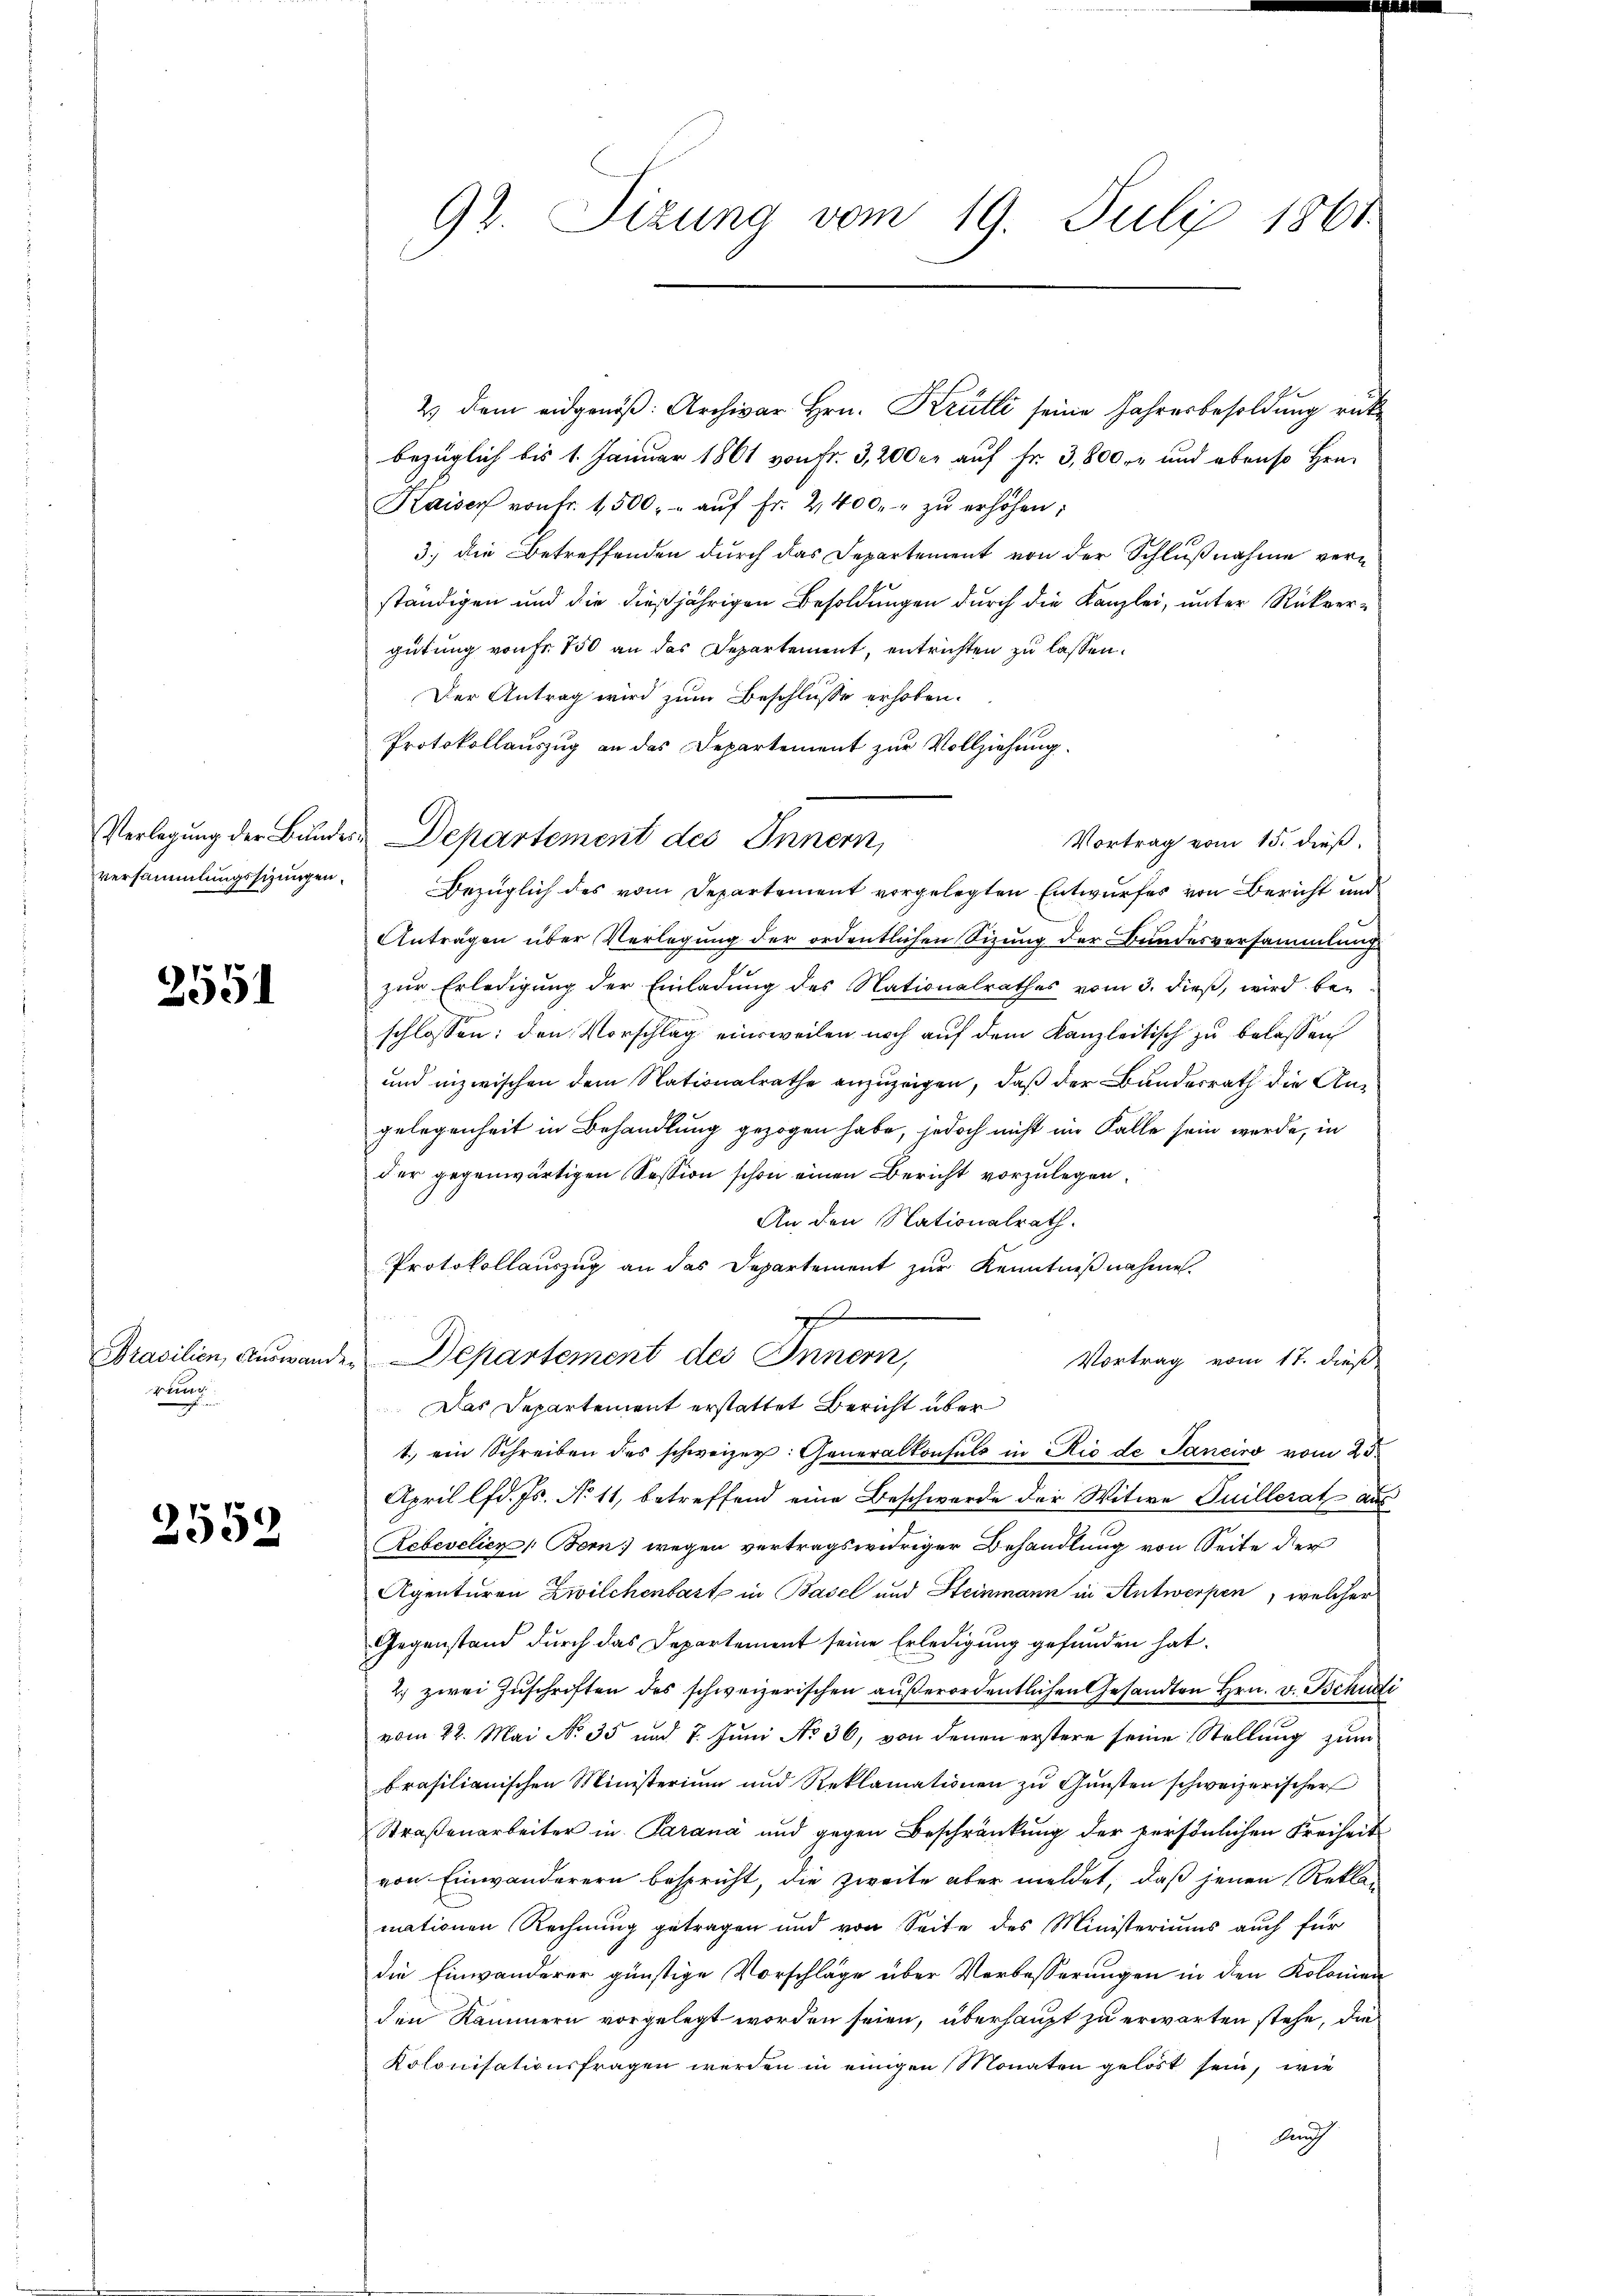
versammlungsschungen.

2551

Prasilien, Auswanden
Be

2552

92. Sizung vom 19. Juli 1861

2) dem eidgenöß: Archivar Hrn. Krutti seine Jahresbesoldung rückbezüglich bis 1. Januar 1861 von Fr. 3,200 er auf Fr. 3,800 rt und ebenso Hrn.
Kaiser von Fr. 1,500.- aŭf Fr. 2400. zŭ erhöhen;
3.) die Betreffenden durch das Departement von der Schlußnahme verständigen und die dießjährigen Besoldungen durch die Kanzlei, unter Rückvergütung von fr. 750 an das Departement, entrichten zu lassen.
Der Antrag wird zum Beschlusse erhoben.
Protokollauszug an das Departement zur Vollziehung.
Verlegung der Bundes Departement des Innern,
Vortrag vom 15. dieß,
Bezüglich des vom Departement vorgelegten Entwurfes von Bericht und
Anträgen über Verlegung der ordentlichen Sizung der Bundesversammlung
zur Erledigung der Einladung des Nationalrathes vom 3. dieß, wird beschlossen: den Vorschlag einsweilen noch auf dem Kanzleitisch zu belassen
und inzwischen dem Nationalrathe anzuzeigen, daß der Bundesrath die Angelegenheit in Behandlung gezogen habe, jedoch nicht im Falle sein werde, in
der gegenwärtigen Session schon einen Bericht vorzulegen.
An den Nationalrath.
Protokollauszug an das Departement zur Kenntnißnahme.
c
Departement des Innern,
Vortrag vom 17. dieß
Das Departement erstattet Bericht über
1. ein Schreiben des schweizer: Generalkonsuls in Rio de Janeiro vom 23.
April lfd. Js. No 11, betreffend eine Beschwerde der Witwe Guillerat aus
Rebevelier (Bern; wegen vertragswidriger Behandlung von Seite der
Agenturen Zwilchenbart in Basel und Steinmann in Antwerpen, welcher
Gegenstand durch das Departement seine Erledigung gefunden hat.
2.) zwei Zuschriften des schweizerischen außerordentlichen Gesandten Hrn. v. Bchudi
vom 22. Mai N. 35 und 7. Juni No 36, von denen erstere seine Stellung zum
brasilianischen Ministerium und Reklamationen zu Gunsten schweizerischer
Straßenarbeiter in Parana und gegen Beschränkung der persönlichen Freiheit
von Einwanderern bespricht, die zweite aber meldet, daß jenen Rekla-
mationen Rechnung getragen und von Seite des Ministeriums auch für
die Einwanderer günstige Vorschläge über Verbesserungen in den Kolonien
den Kammern vorgelegt worden seien, überhaupt zu erwarten stehe, die
Kolonisationsfragen werden in einigen Monaten gelöst sein, wie
Auch